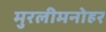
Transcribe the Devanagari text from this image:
मुरलीमनोहर